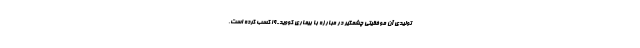
تولیدی آن موفقیتی چشمگیر در مبارزه با بیماری کووید-۱۹ کسب کرده است،